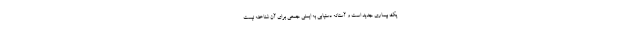
یک بیماری جدید است و آستانه دستیابی به ایمنی جمعی برای آن شناخته نیست